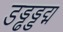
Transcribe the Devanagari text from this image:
डड्ढड्डद्म